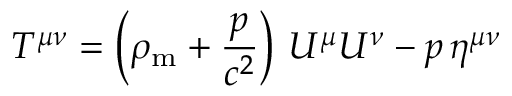
T ^ { \mu \nu } = \left( \rho _ { \mathrm { m } } + { \frac { p } { c ^ { 2 } } } \right) \, U ^ { \mu } U ^ { \nu } - p \, \eta ^ { \mu \nu }